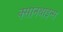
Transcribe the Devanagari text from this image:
क्सानथाइन्स